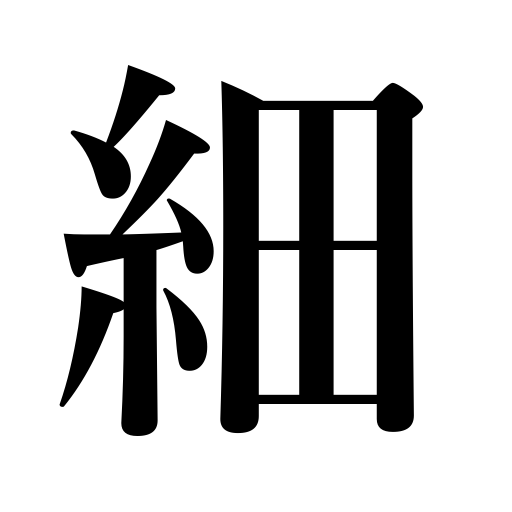
Meanings: small,get thin,elaborate,minor,stingy,slender,delicate,taper off,trifling,thin voice,narrow trousers,fine,frugal,small change,detailed,fine line